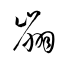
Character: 崩